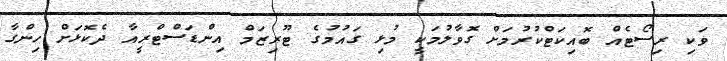
ވަކި ރިސޯޓެއް ބޮއިކަޓްކުރުމަށް ގޮވާލުމަކީ މުޅި ގައުމުގެ ޓޫރިޒަމް އިންޑަސްޓްރީއާ ދެކޮޅަށް ހިންގާ